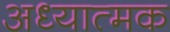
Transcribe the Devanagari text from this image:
अध्यात्मक